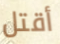
أقتل